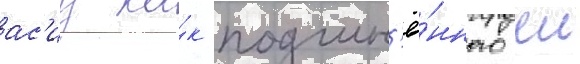
ас'иу ка́к подчин'ё́нного еи